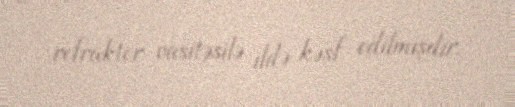
refraktor vasitəsilə ildə kəşf edilmişdir.